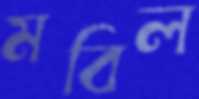
মবিল